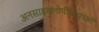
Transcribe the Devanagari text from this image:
अनसाइक्लोपीडियाओं